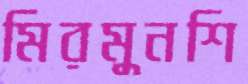
মিরমুনশি